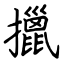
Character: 擸